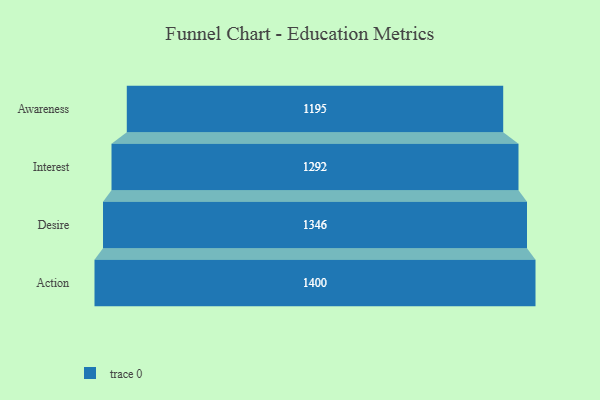
{"axis": {"x": "Stage", "y": "Value"}, "legend": [""], "data": [{"x": "Awareness", "y": 1195.0, "type": ""}, {"x": "Interest", "y": 1292.0, "type": ""}, {"x": "Desire", "y": 1346.0, "type": ""}, {"x": "Action", "y": 1400.0, "type": ""}]}